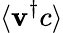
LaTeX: \langle\mathbf{v}^{\dagger}c\rangle